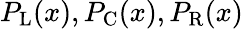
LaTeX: P_{\mathrm{L}}(x),P_{\mathrm{C}}(x),P_{\mathrm{R}}(x)